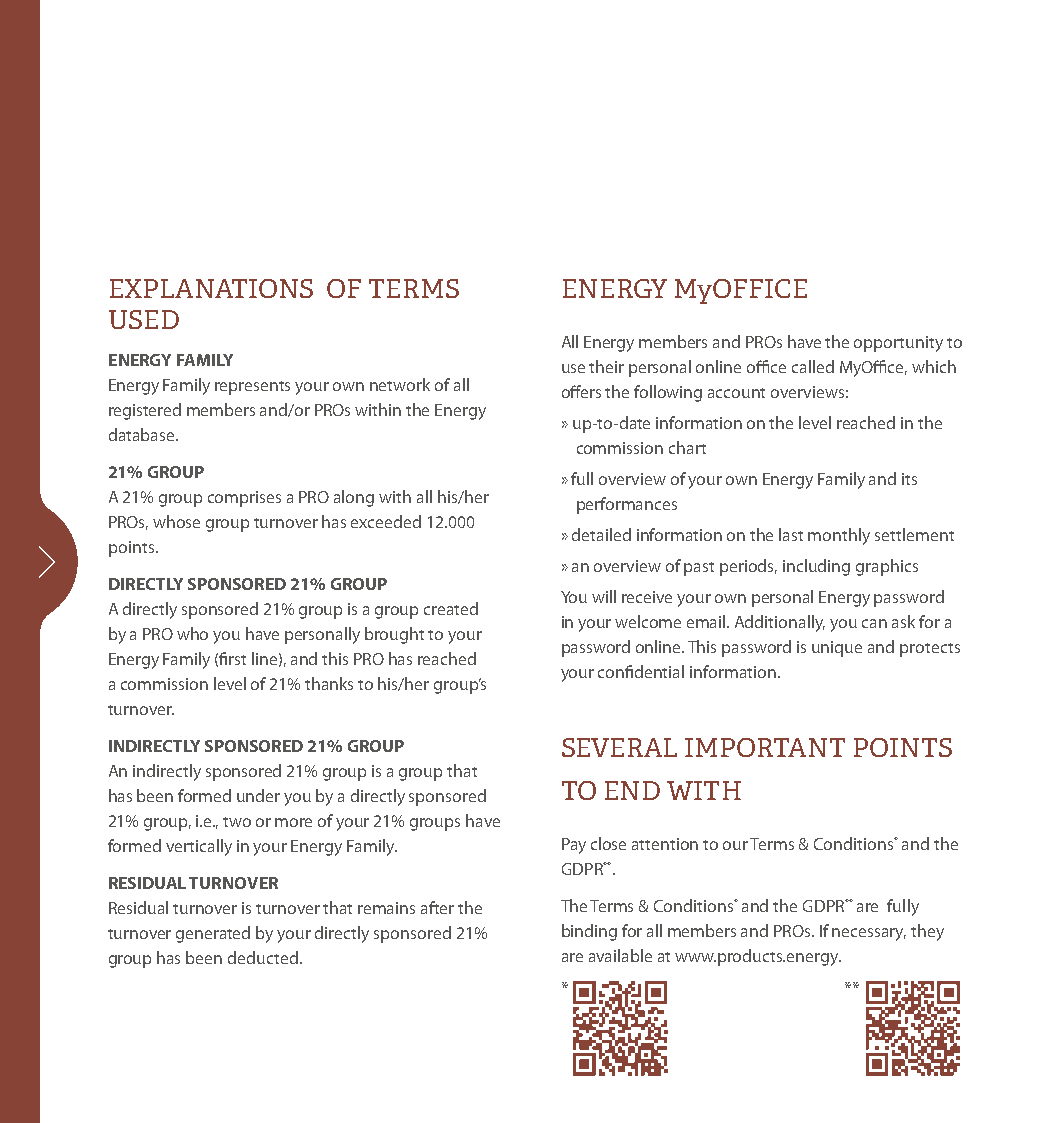
EXPLANATIONS   OF TERMS       ENERGY  MyOFFICE
 USED
 All Energy members and PROs have the opportunity to
 ENERGY FAMILY
 use their personal online office called MyOffice, which
 Energy Family represents your own network of all
 offers the following account overviews:
 registered members and/or PROs within the Energy
 » up-to-date information on the level reached in the
 database.
 commission chart
 21% GROUP
 » full overview of your own Energy Family and its
 A 21% group comprises a PRO along with all his/her
 performances
 PROs, whose group turnover has exceeded 12.000
 » detailed information on the last monthly settlement
 points.
 » an overview of past periods, including graphics
 DIRECTLY SPONSORED 21% GROUP
 You will receive your own personal Energy password
 A directly sponsored 21% group is a group created
 in your welcome email. Additionally, you can ask for a
 by a PRO who you have personally brought to your
 password online. This password is unique and protects
 Energy Family (first line), and this PRO has reached
 your confidential information.
 a commission level of 21% thanks to his/her group’s
 turnover.
 INDIRECTLY SPONSORED 21% GROUP SEVERAL IMPORTANT POINTS
 An indirectly sponsored 21% group is a group that
 TO END WITH
 has been formed under you by a directly sponsored
 21% group, i.e., two or more of your 21% groups have
 formed vertically in your Energy Family. Pay close attention to our Terms & Conditions* and the
 GDPR**.
 RESIDUAL TURNOVER
 Residual turnover is turnover that remains after the The Terms & Conditions* and the GDPR** are fully
 turnover generated by your directly sponsored 21% binding for all members and PROs. If necessary, they
 group has been deducted.      are available at www.products.energy.
 *                  **
 Pruvodce_2018.indd 15                                          17.04.18 12:00